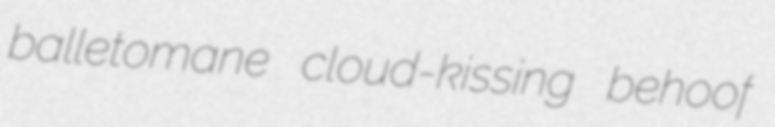
balletomane cloud-kissing behoof